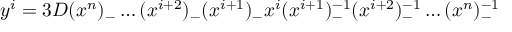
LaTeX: y ^ { i } = 3 D ( x ^ { n } ) _ { - } \ldots ( x ^ { i + 2 } ) _ { - } ( x ^ { i + 1 } ) _ { - } x ^ { i } ( x ^ { i + 1 } ) _ { - } ^ { - 1 } ( x ^ { i + 2 } ) _ { - } ^ { - 1 } \ldots ( x ^ { n } ) _ { - } ^ { - 1 }